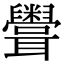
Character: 𥽳